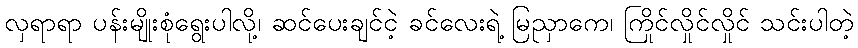
လှရာရာ ပန်းမျိုးစုံရွေးပါလို့၊ ဆင်ပေးချင်ငဲ့ ခင်လေးရဲ့ မြညှာကေ၊ ကြိုင်လှိုင်လှိုင် သင်းပါတဲ့